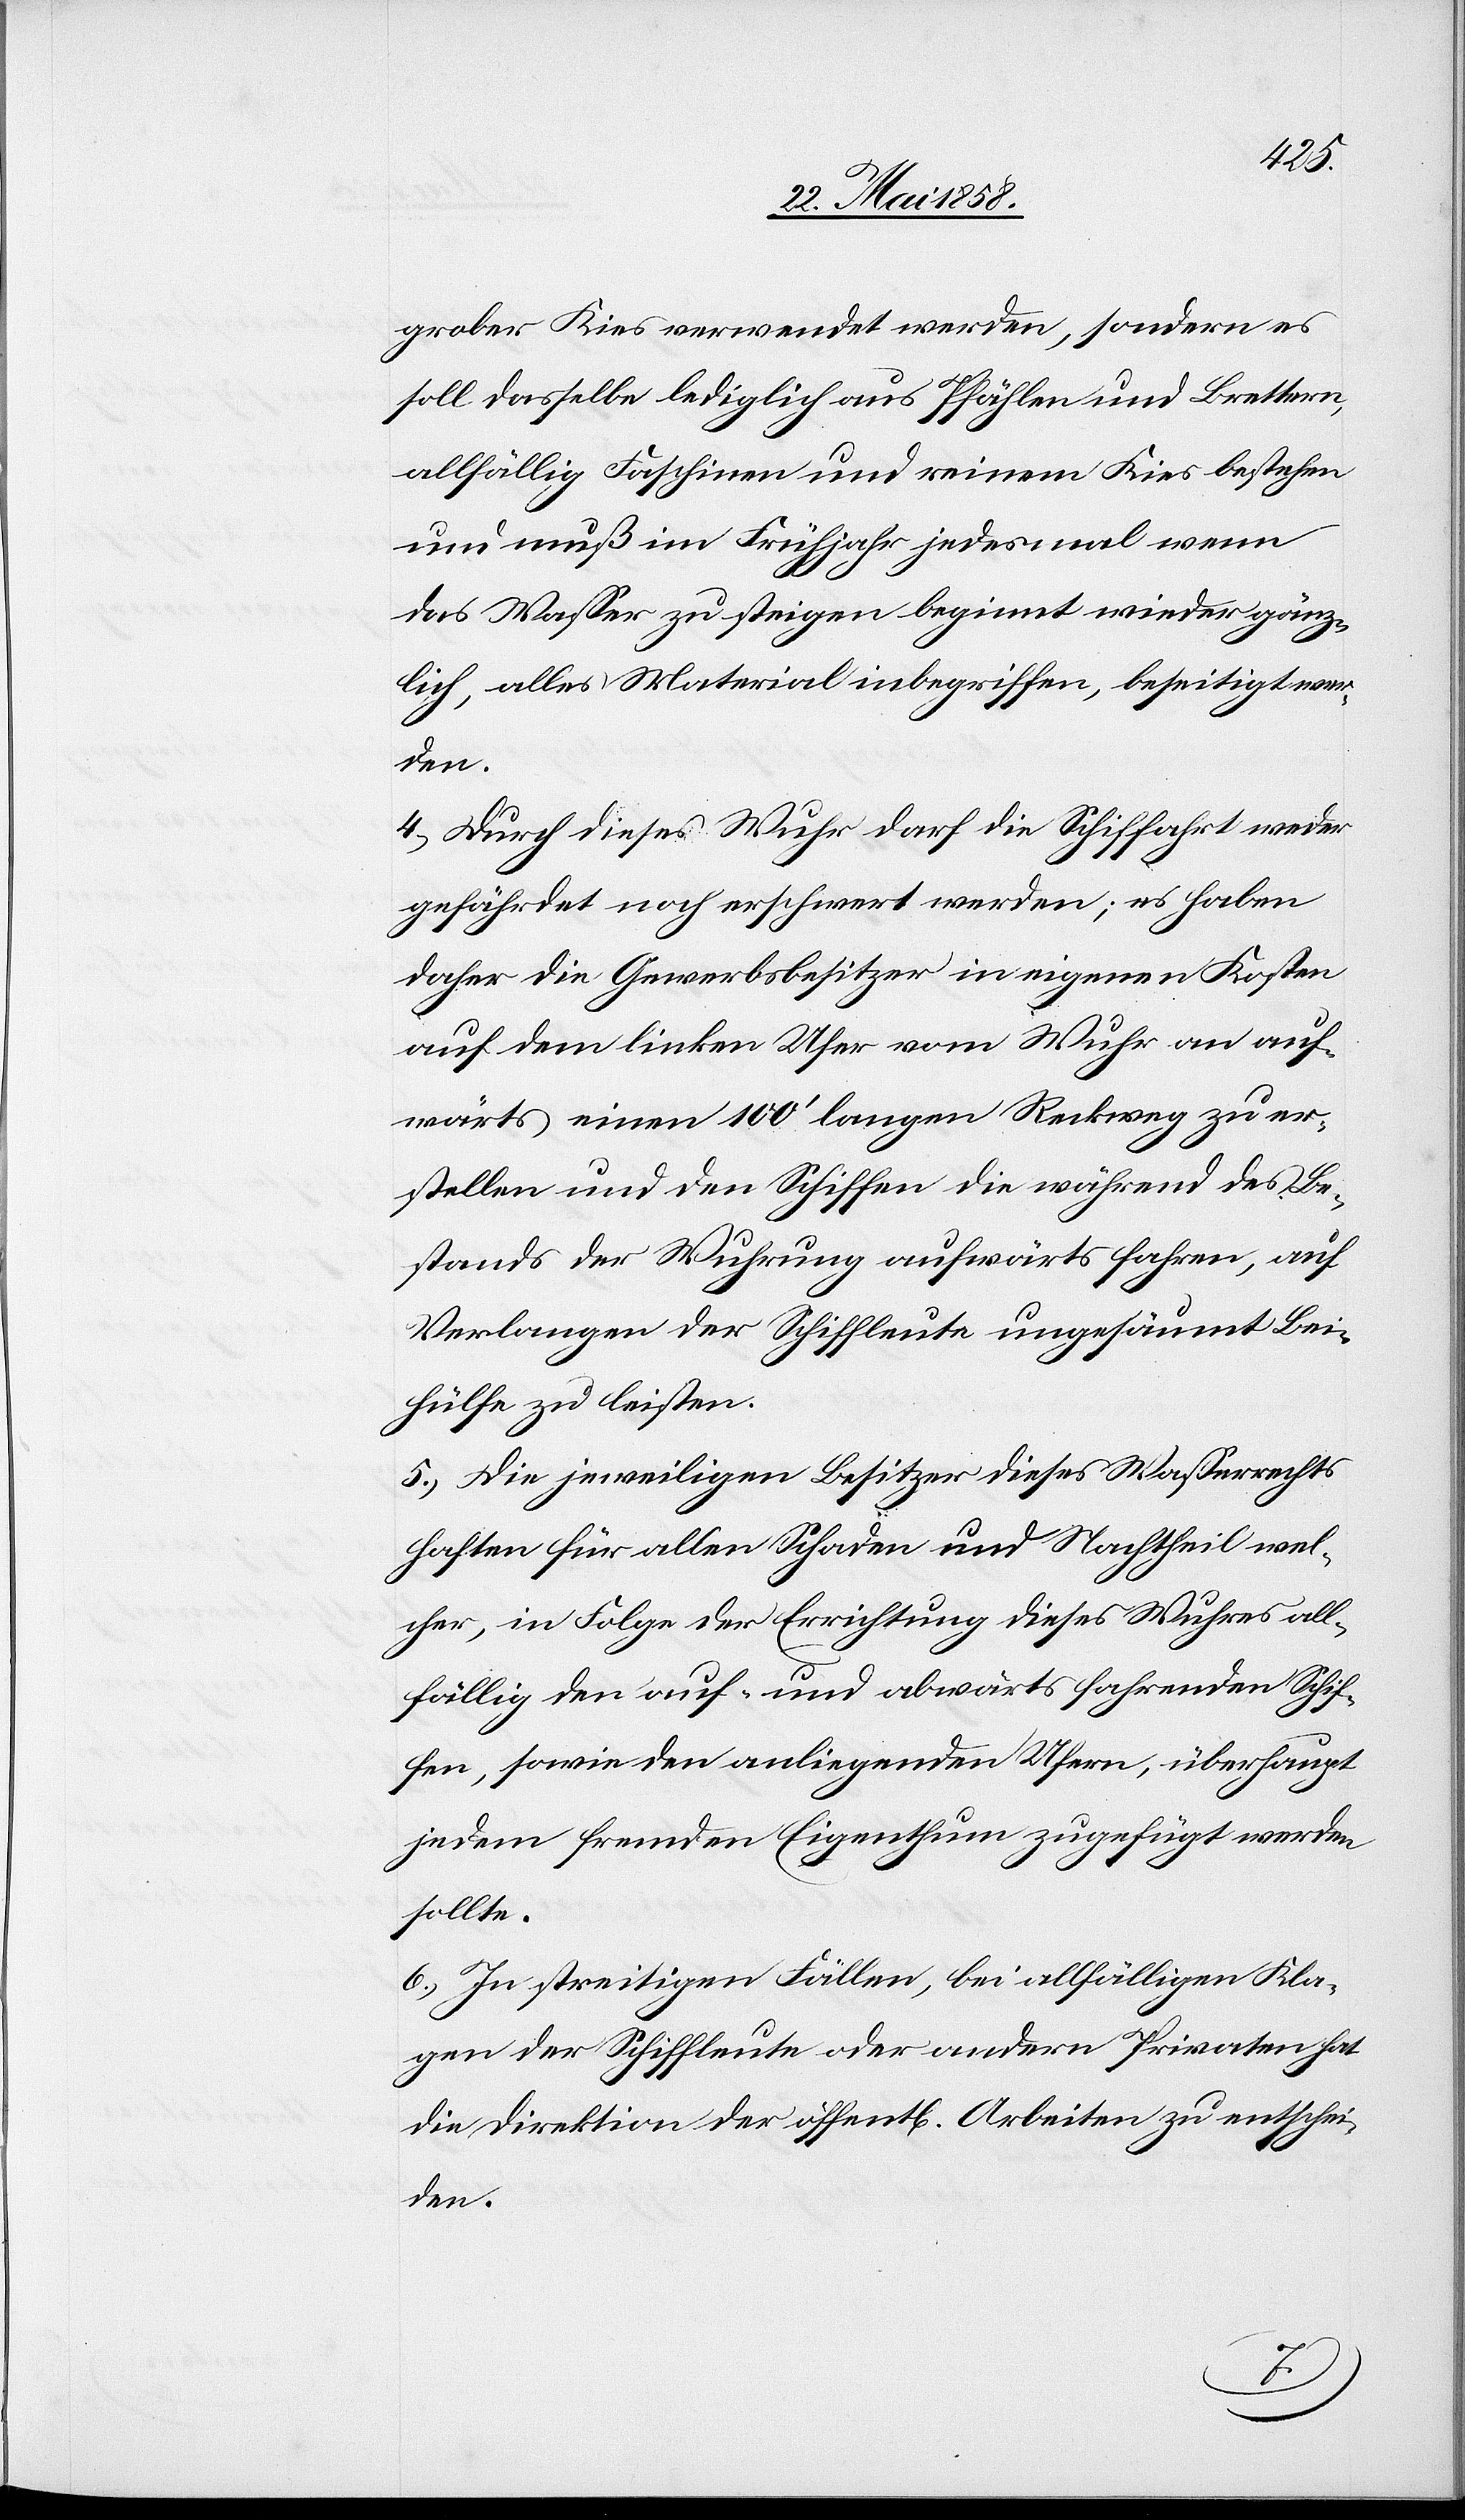
grober Kies verwendet werden, sondern es
soll dasselbe lediglich aus Pfählen und Brettern,
allfällig Faschinen und reinem Kies bestehen
und muß im Frühjahr jedesmal wenn
das Wasser zu steigen beginnt wieder gänz¬
lich, alles Material inbegriffen, beseitigt wer¬
den.
4. Durch dieses Wuhr darf die Schiffahrt weder
gefährdet noch erschwert werden; es haben
daher die Gewerbsbesitzer in eigene Kosten
auf dem linken Ufer vom Wuhr an auf¬
wärts einen 100’ langen Reckweg zu er¬
stellen und den Schiffen die während des Be¬
stands der Wuhrung aufwärts fahren, auf
Verlangen der Schiffleute ungesäumt Bei¬
hülfe zu leisten.
5. Die jeweiligen Besitzer dieses Wasserrechts
haften für allen Schaden und Nachtheil wel¬
cher, in Folge der Errichtung dieses Wuhres all¬
fällig den auf- und abwärts fahrenden Schif¬
fen, sowie den anliegenden Ufern, überhaupt
jedem fremden Eigenthum zugefügt werden
sollte.
6. In streitigen Fällen, bei allfälligen Kla¬
gen der Schiffleute oder andern Privaten hat
die Direktion der öffent[lichen] Arbeiten zu entschei¬
den.